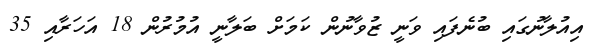
އިއުލާނުގައި ބުނެފައި ވަނީ ޒުވާނުން ކަމަށް ބަލާނީ އުމުރުން 18 އަހަރާއި 35